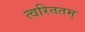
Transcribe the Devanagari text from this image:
त्वरिततम्